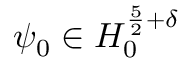
\psi _ { 0 } \in H _ { 0 } ^ { \frac { 5 } { 2 } + \delta }